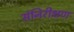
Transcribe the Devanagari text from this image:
संनिरीक्षण